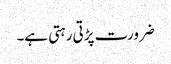
ضرورت پڑتی رہتی ہے۔